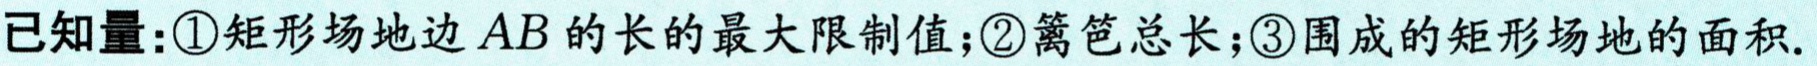
已知量：\textcircled{1}矩形场地边\(AB\)的长的最大限制值；\textcircled{2}篱笆总长；\textcircled{3}围成的矩形场地的面积.